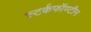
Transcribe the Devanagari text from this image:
स्टर्कफॉण्टीन